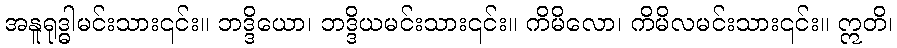
အနူရုဒ္ဓါမင်းသား၎င်း။ ဘဒ္ဒိယော၊ ဘဒ္ဒိယမင်းသား၎င်း။ ကိမိလော၊ ကိမိလမင်းသား၎င်း။ ဣတိ၊